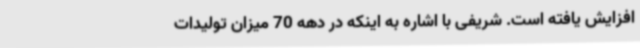
افزایش یافته است. شریفی با اشاره به اینکه در دهه 70 میزان تولیدات